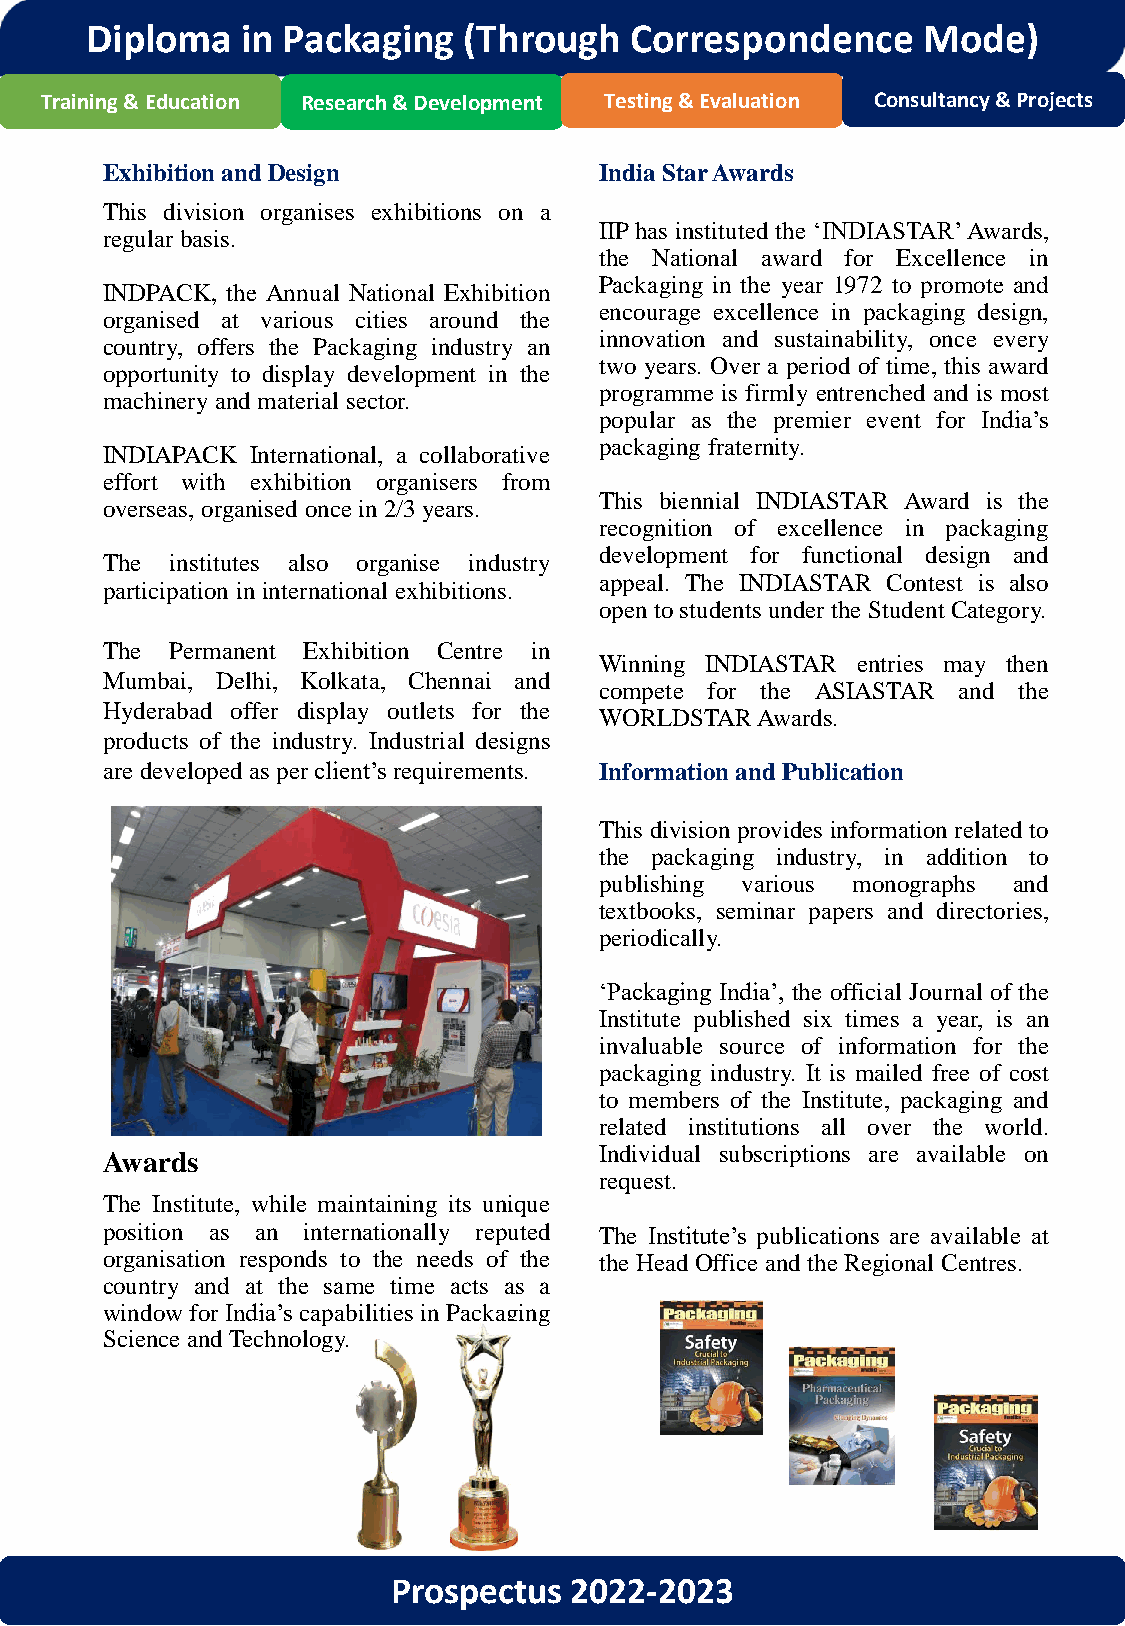
Diploma   in Packaging   (Through   Correspondence     Mode)
 Training & Education Research & Development Testing & Evaluation Consultancy & Projects
 ExhibitionandDesign              IndiaStarAwards
 This division organises exhibitions on a
 IIPhas instituted the ‘INDIASTAR’Awards,
 regular basis.
 the National award for Excellence in
 Packaging in the year 1972 to promote and
 INDPACK, the Annual National Exhibition
 encourage excellence in packaging design,
 organised at various cities around the
 innovation and sustainability, once every
 country, offers the Packaging industry an
 two years. Over a period of time, this award
 opportunity to display development in the
 programme is firmly entrenched and is most
 machinery and material sector.
 popular as the premier event for India’s
 packaging fraternity.
 INDIAPACK International, a collaborative
 effort with exhibition organisers from
 This biennial INDIASTAR Award is the
 overseas, organised once in2/3years.
 recognition of excellence in packaging
 development for functional design and
 The institutes also organise industry
 appeal. The INDIASTAR Contest is also
 participation ininternational exhibitions.
 open tostudents under the Student Category.
 The Permanent Exhibition Centre in
 Winning INDIASTAR entries may then
 Mumbai, Delhi, Kolkata, Chennai and
 compete for the ASIASTAR and the
 Hyderabad offer display outlets for the
 WORLDSTARAwards.
 products of the industry. Industrial designs
 are developed as per client’s requirements. Information andPublication
 This division provides information related to
 the packaging industry, in addition to
 publishing various monographs and
 textbooks, seminar papers and directories,
 periodically.
 ‘Packaging India’, the official Journal of the
 Institute published six times a year, is an
 invaluable source of information for the
 packaging industry. It is mailed free of cost
 to members of the Institute, packaging and
 related institutions all over the world.
 Awards                           Individual subscriptions are available on
 request.
 The Institute, while maintaining its unique
 position as an internationally reputed The Institute’s publications are available at
 organisation responds to the needs of the the Head Office and the Regional Centres.
 country and at the same time acts as a
 windowfor India’s capabilities in Packaging
 Science andTechnology.
 Prospectus  2022-2023